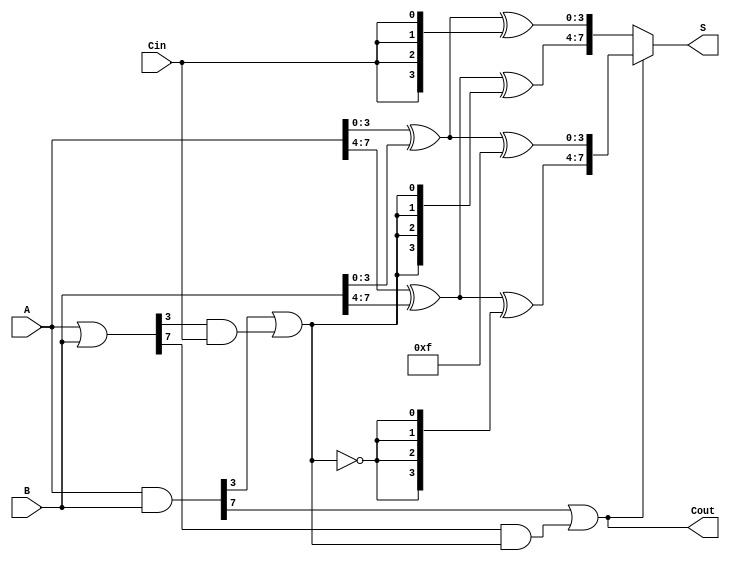
module CarrySelectAdder #(parameter N = 8, // Width of the adder
                           parameter M = 4  // Width of each segment
                          ) (
    input  [N-1:0] A,      // First operand
    input  [N-1:0] B,      // Second operand
    input         Cin,      // Carry-in
    output [N-1:0] S,      // Sum output
    output        Cout      // Carry-out
);

    wire [N-1:0] G;         // Generate signals
    wire [N-1:0] P;         // Propagate signals
    wire [N/M:0] C;         // Carry signals for each segment
    wire [N-1:0] S0;        // Sum assuming carry-in = 0
    wire [N-1:0] S1;        // Sum assuming carry-in = 1

    // Generate and propagate signals
    assign G = A & B;       // Generate
    assign P = A | B;       // Propagate

    // Carry generation for each segment
    genvar i;
    generate
        for (i = 0; i < N/M; i = i + 1) begin: carry_gen
            if (i == 0) begin
                assign C[i] = G[i*M + M-1] | (P[i*M + M-1] & Cin); // First segment
            end else begin
                assign C[i] = G[i*M + M-1] | (P[i*M + M-1] & C[i-1]); // Subsequent segments
            end
        end
    endgenerate

    // Sum calculation for each segment
    generate
        for (i = 0; i < N/M; i = i + 1) begin: sum_calc
            if (i == 0) begin
                assign S0[i*M +: M] = A[i*M +: M] ^ B[i*M +: M] ^ {M{Cin}}; // Sum with Cin
                assign S1[i*M +: M] = A[i*M +: M] ^ B[i*M +: M] ^ {M{1'b1}}; // Sum with Cin = 1
            end else begin
                assign S0[i*M +: M] = A[i*M +: M] ^ B[i*M +: M] ^ {M{C[i-1]}}; // Sum with carry from previous
                assign S1[i*M +: M] = A[i*M +: M] ^ B[i*M +: M] ^ {M{C[i-1] ^ 1'b1}}; // Sum with carry from previous + 1
            end
        end
    endgenerate

    // Final sum selection based on carry-out
    assign S = (C[N/M-1]) ? S1 : S0; // Select the correct sum based on the final carry-out
    assign Cout = C[N/M-1]; // Final carry-out

endmodule